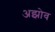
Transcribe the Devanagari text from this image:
अझोव